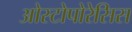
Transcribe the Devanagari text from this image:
ओस्टोपोरेसिस